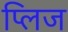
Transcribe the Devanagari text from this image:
प्लिज